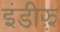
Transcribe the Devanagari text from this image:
इंडीझ़़